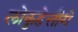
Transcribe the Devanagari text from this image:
लोकुहेत्तीगे